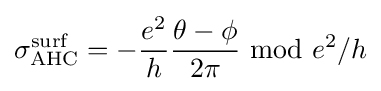
\sigma _{\text{AHC}}^{\text{surf}}=-{\frac {e^{2}}{h}}{\frac {\theta -\phi }{2\pi }}\ {\text{mod}}\ e^{2}/h